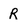
Character: R